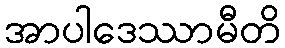
အာပါဒေဿာမီတိ